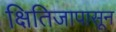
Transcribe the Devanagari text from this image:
क्षितिजापासून